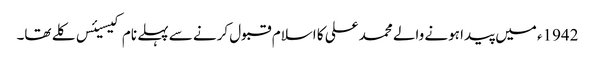
1942ء میں پیدا ہونے والے محمد علی کا اسلام قبول کرنے سے پہلے نام کیسیئس کلے تھا۔